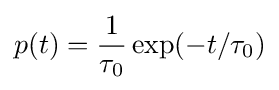
p(t)={\frac {1}{\tau _{0}}}\exp(-t/\tau _{0})